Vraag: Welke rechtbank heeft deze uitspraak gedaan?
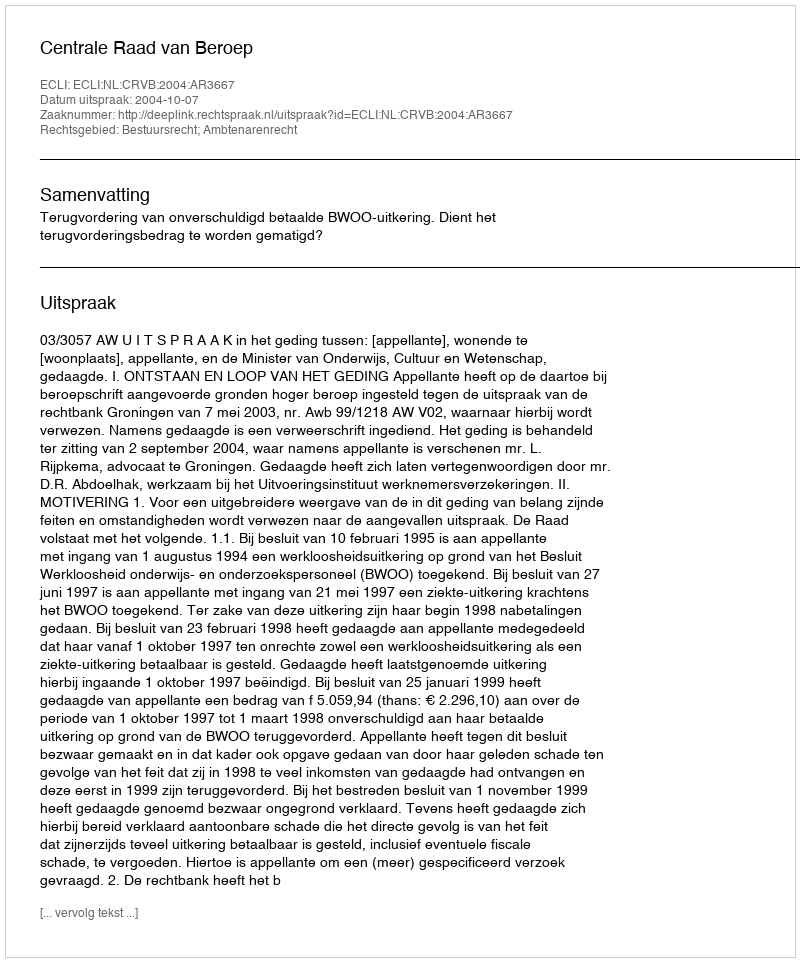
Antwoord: Centrale Raad van Beroep